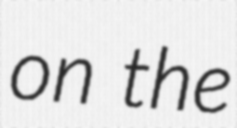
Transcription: on the